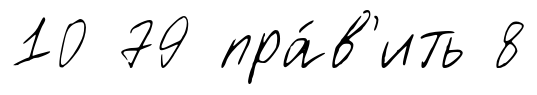
10 79 пра́в'ить 8